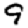
Digit: 9